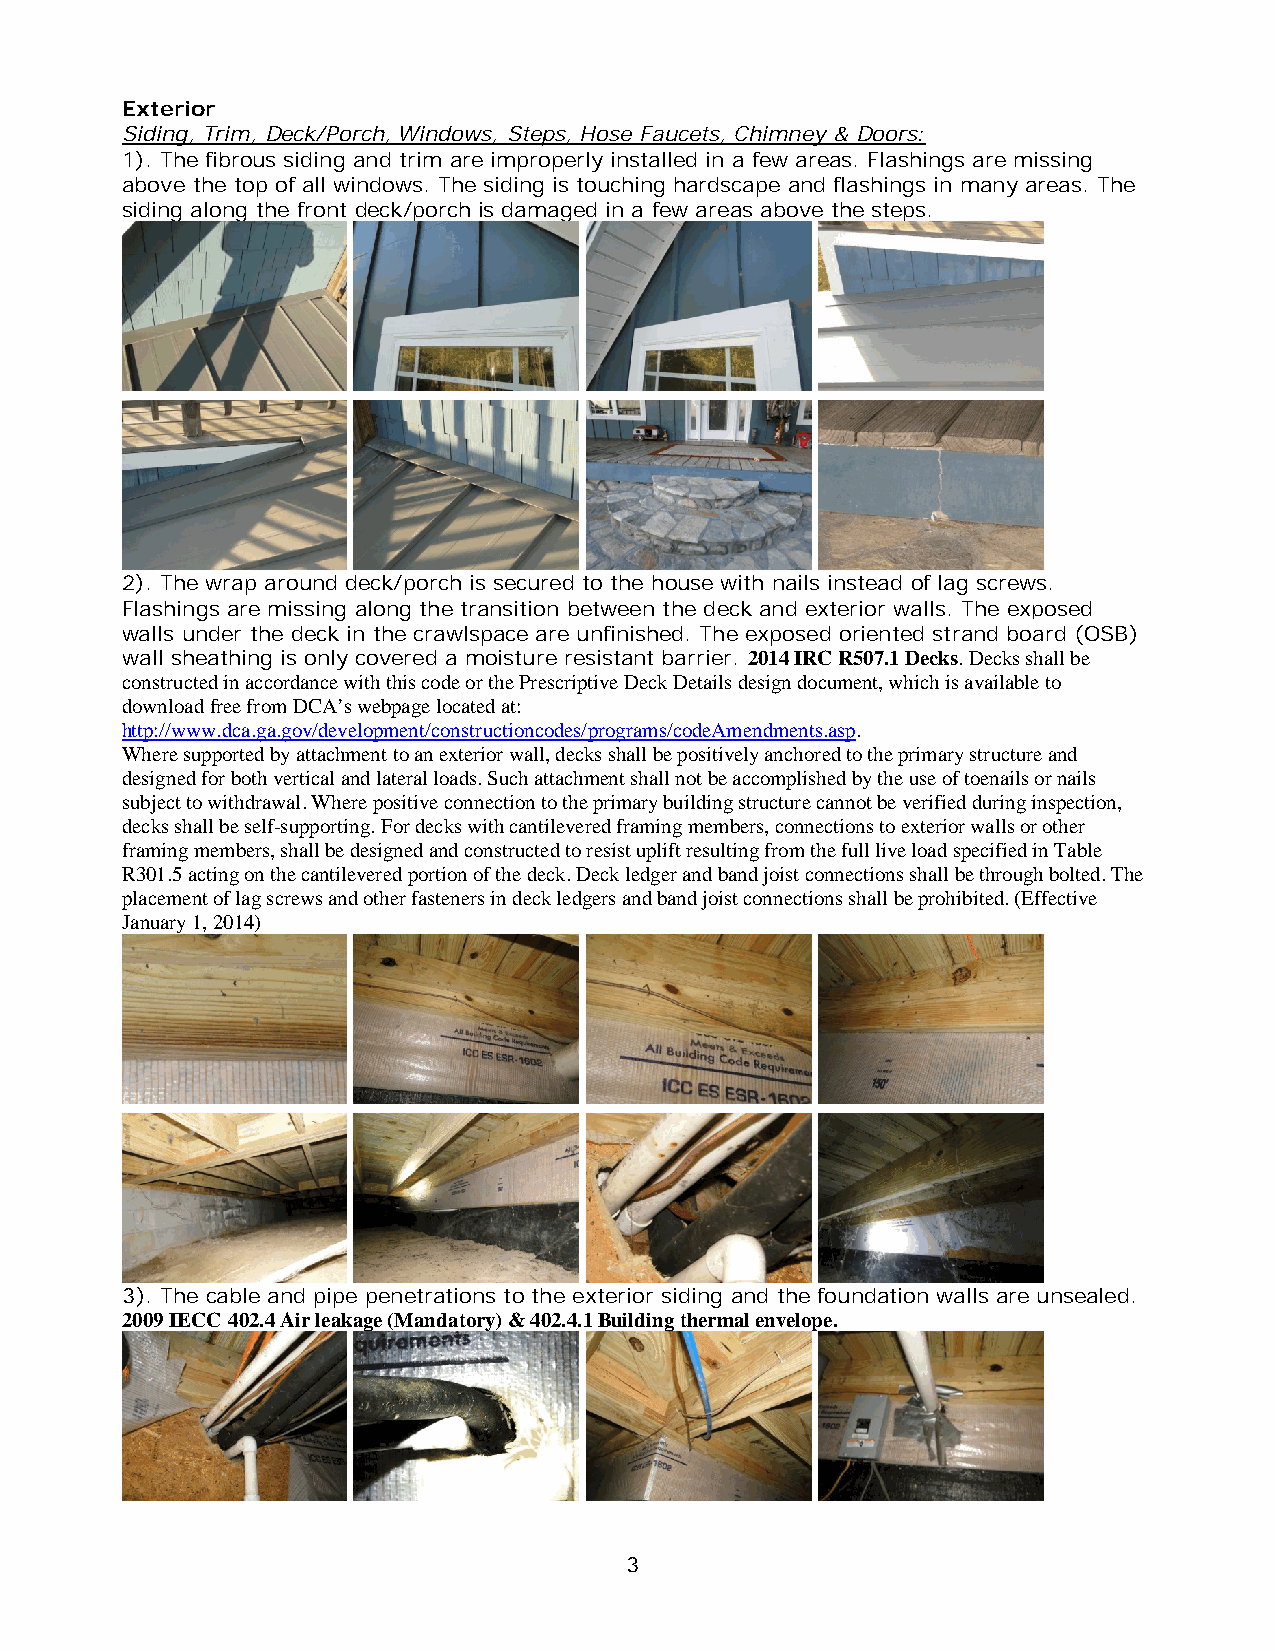
Exterior
 Siding, Trim, Deck/Porch, Windows, Steps, Hose Faucets, Chimney & Doors:
 1). The fibrous siding and trim are improperly installed in a few areas. Flashings are missing
 above the top of all windows. The siding is touching hardscape and flashings in many areas. The
 siding along the front deck/porch is damaged in a few areas above the steps.
 2). The wrap around deck/porch is secured to the house with nails instead of lag screws.
 Flashings are missing along the transition between the deck and exterior walls. The exposed
 walls under the deck in the crawlspace are unfinished. The exposed oriented strand board (OSB)
 wall sheathing is only covered a moisture resistant barrier. 2014 IRC R507.1 Decks. Decks shall be
 constructed in accordance with this code or the Prescriptive Deck Details design document, which is available to
 download free from DCA’s webpage located at:
 http://www.dca.ga.gov/development/constructioncodes/programs/codeAmendments.asp.
 Where supported by attachment to an exterior wall, decks shall be positively anchored to the primary structure and
 designed for both vertical and lateral loads. Such attachment shall not be accomplished by the use of toenails or nails
 subject to withdrawal. Where positive connection to the primary building structure cannot be verified during inspection,
 decks shall be self-supporting. For decks with cantilevered framing members, connections to exterior walls or other
 framing members, shall be designed and constructed to resist uplift resulting from the full live load specified in Table
 R301.5 acting on the cantilevered portion of the deck. Deck ledger and band joist connections shall be through bolted. The
 placement of lag screws and other fasteners in deck ledgers and band joist connections shall be prohibited. (Effective
 January 1, 2014)
 3). The cable and pipe penetrations to the exterior siding and the foundation walls are unsealed.
 2009 IECC 402.4 Air leakage (Mandatory) & 402.4.1 Building thermal envelope.
 3